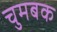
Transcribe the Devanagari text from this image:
चुमबक